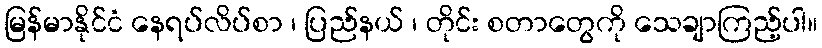
မြန်မာနိုင်ငံ နေရပ်လိပ်စာ ၊ ပြည်နယ် ၊ တိုင်း စတာတွေကို သေချာကြည့်ပါ။